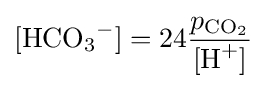
[{\ce {HCO_3^-}}]=24{\frac {p_{{\ce {CO_2}}}}{[{\ce {H^+}}]}}